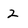
Character: 2